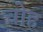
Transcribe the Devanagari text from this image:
चोह